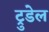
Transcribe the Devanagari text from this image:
ट्रुडेल